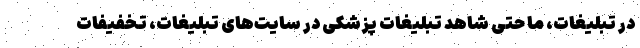
در تبلیغات، ما حتی شاهد تبلیغات پزشکی در سایت‌های تبلیغات، تخفیفات